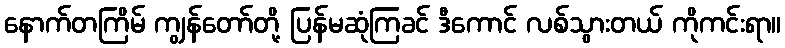
နောက်တကြိမ် ကျွန်တော်တို့ ပြန်မဆုံကြခင် ဒီကောင် လစ်သွားတယ် ကိုကင်းရာ။